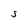
Character: S